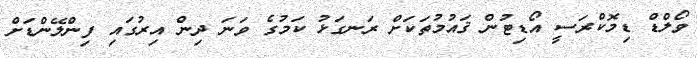
ވޯލްޑް ޑިމޮކްރަސީ އޯޑިޓުން ޤައުމުތަކަށް ރަނގަޅު ކަމުގެ ވަނަ ދިން އިރުގައި ފިންލޭންޑަށް